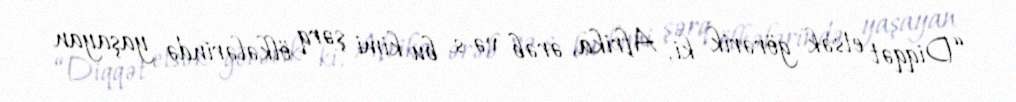
“Diqqət etsək görərik ki, Afrika, ərəb və s. bu kimi şərq ölkələrində yaşayan